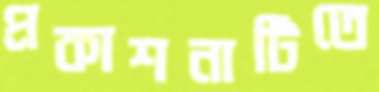
প্রকাশনাটিতে